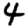
Digit: 4